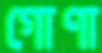
গোণা